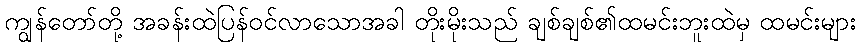
ကျွန်တော်တို့ အခန်းထဲပြန်ဝင်လာသောအခါ တိုးမိုးသည် ချစ်ချစ်၏ထမင်းဘူးထဲမှ ထမင်းများ